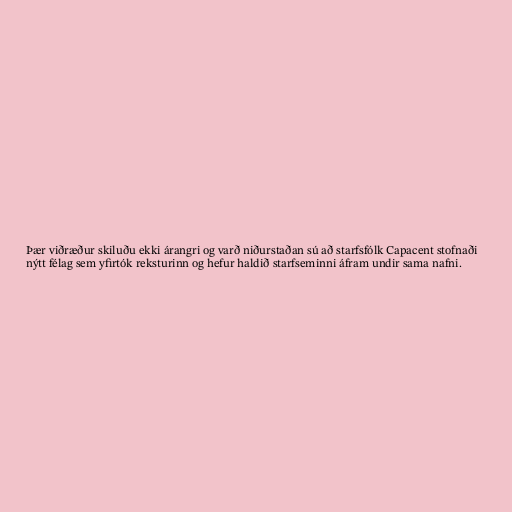
Þær viðræður skiluðu ekki árangri og varð niðurstaðan sú að starfsfólk Capacent stofnaði
nýtt félag sem yfirtók reksturinn og hefur haldið starfseminni áfram undir sama nafni.